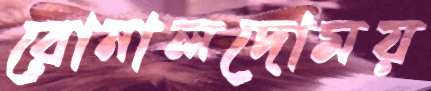
রোনালদোময়